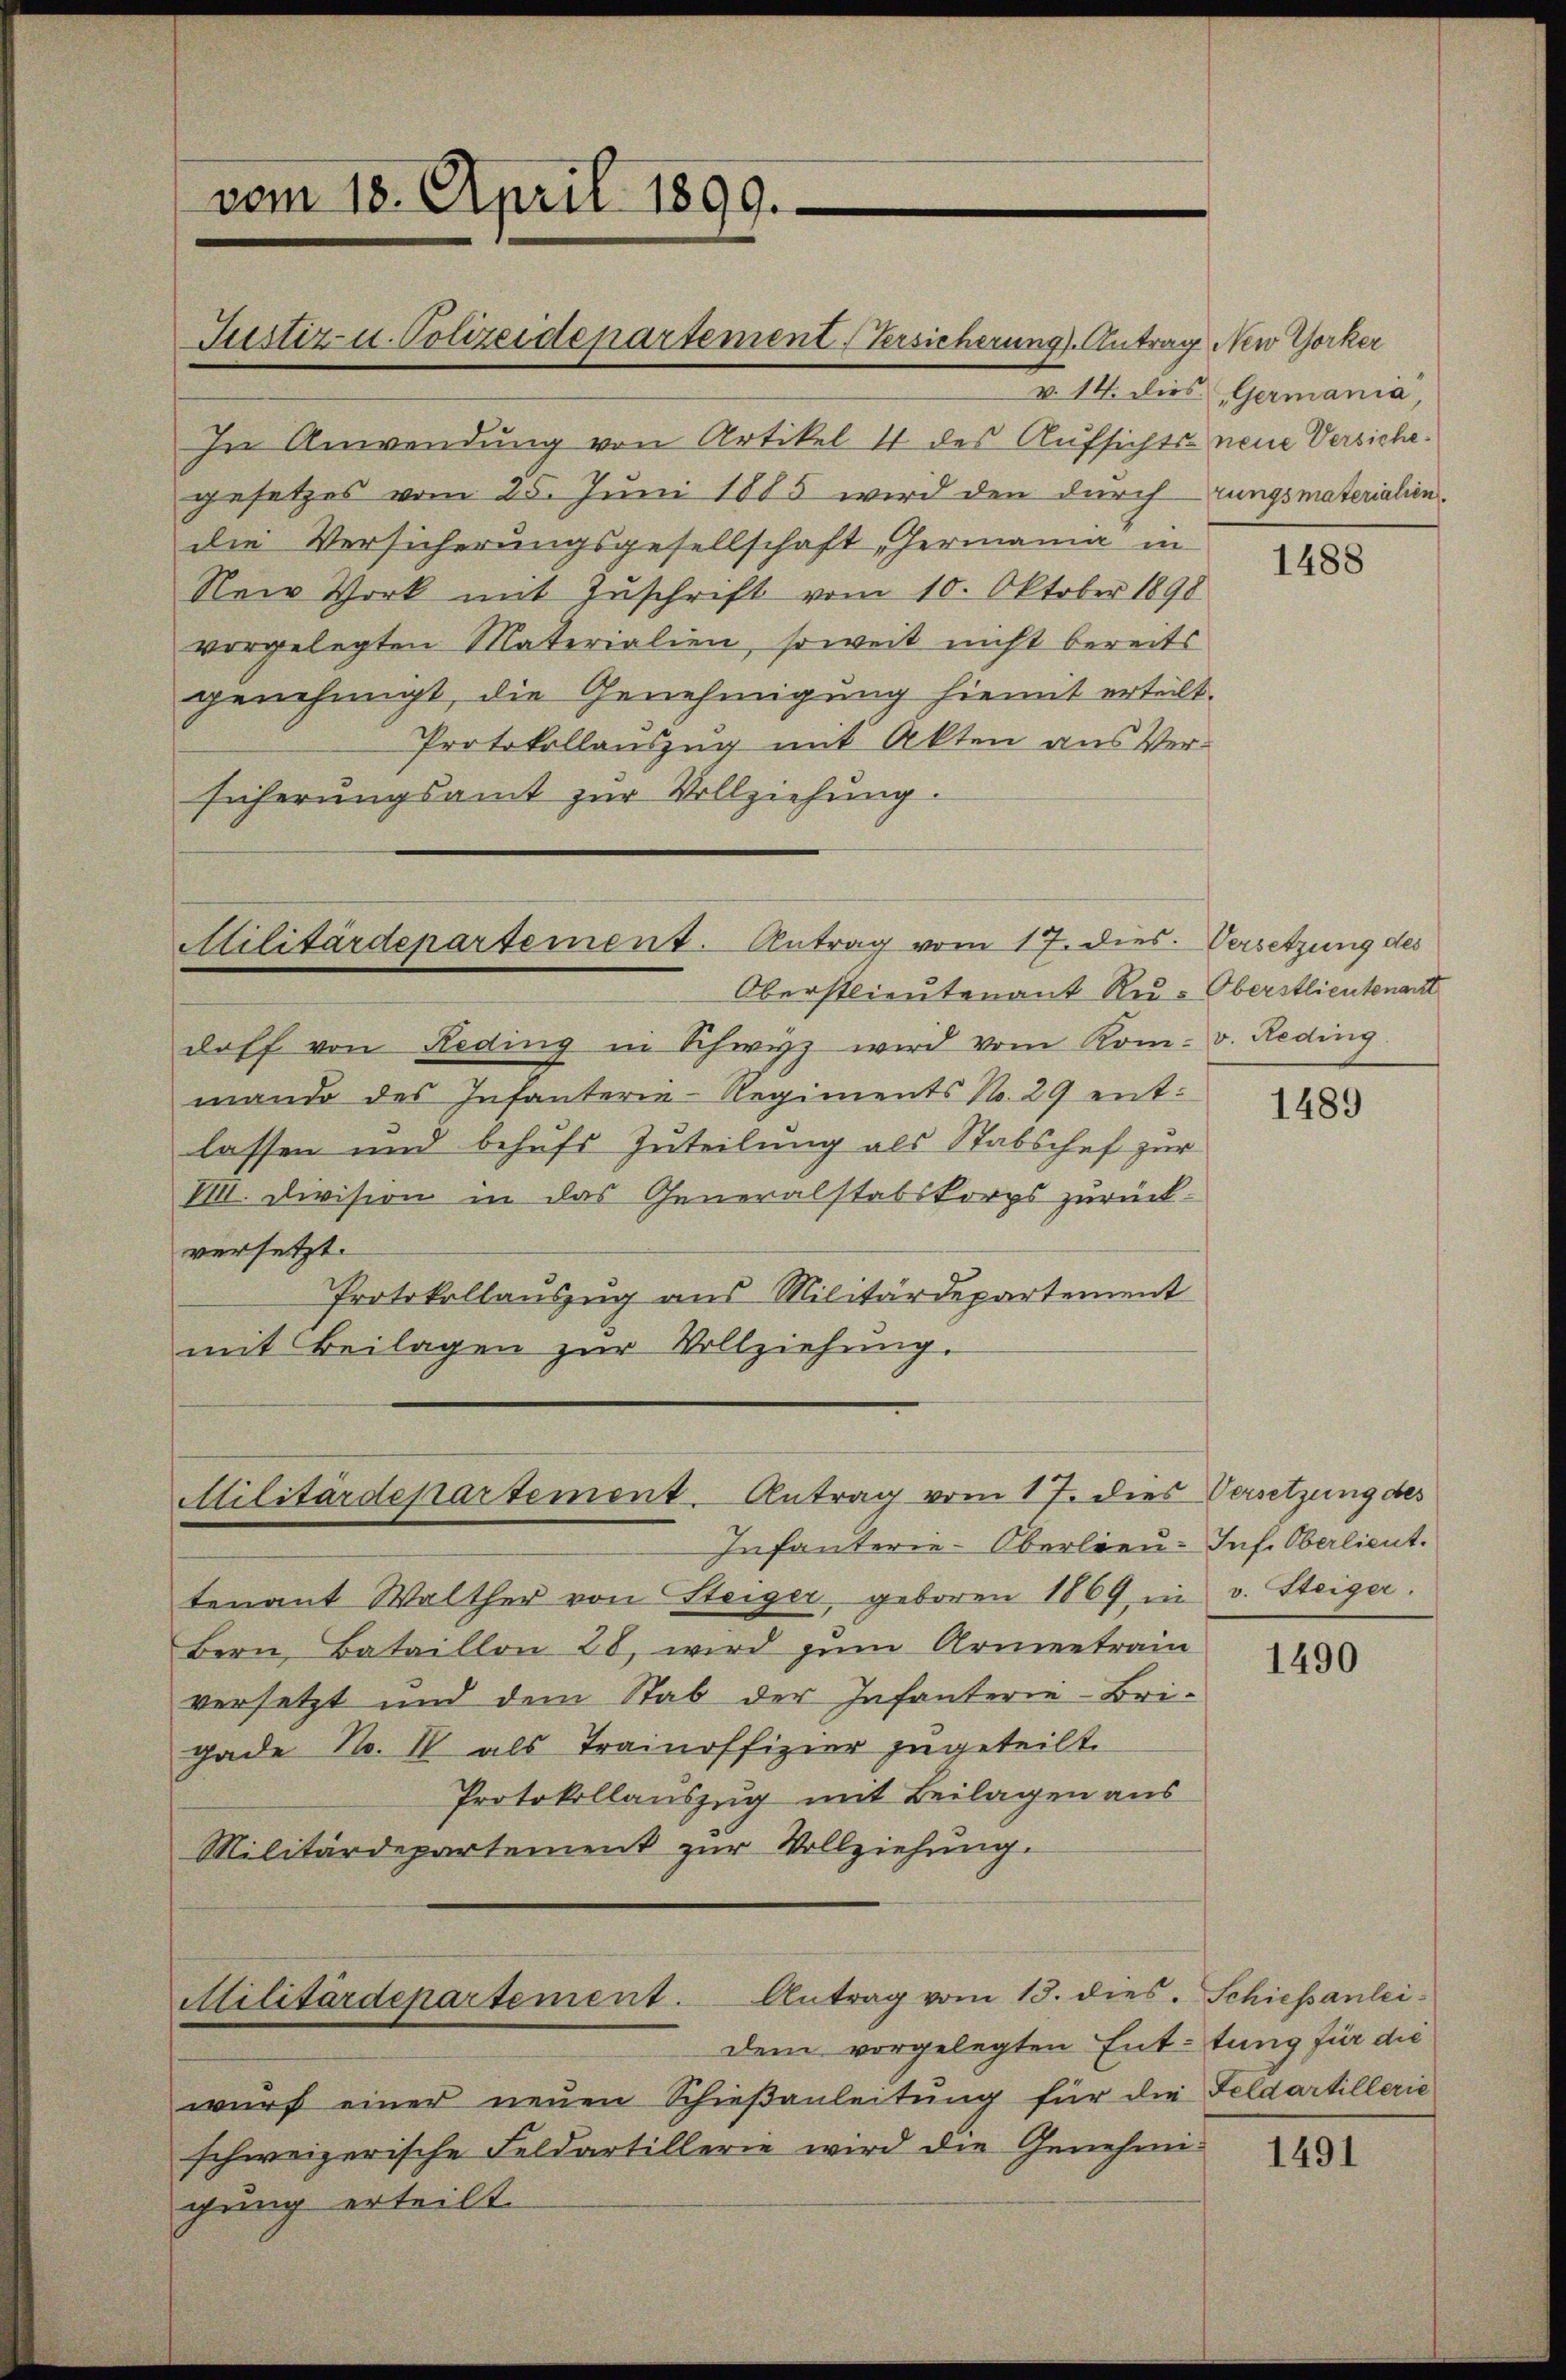
vom 18. April 1899.

In Anwendung von Artikel 4 des Aufsichts- neue Versiche
gesetzes vom 25. Juni 1885 wird den durch rungsmaterialien.
die Versicherungsgesellschaft, Hermania in
Neir Vork mit Zŭschrift vom 10. Oktober 1898
vorgelegten Materialien, soweit nicht bereits
genehmigt, die Genehmigung hiemit erteilt.
Protokollauszug mit Akten aus Versicherungsamt zur Vollziehung.

Justiz u. Polizeidepartement (Versicherung. Antrag New Yorker

Oberstlieutenant Ru-Oberstlieutenant
doff von Reding in Schwyz wird vom Kom- v. Reding
mando des Infanterie-Regiments No. 29 entlassen und behufs Zuteilung als Stabschef zur
VIII. Division in das Generalstabskorps zurück-
versetzt.
Protokollauszug aus Militärdepartement
mit Beilagen zŭr Vollziehŭng.

Militärdepartement. Antrag vom 17. dies Versetzung des

Militärdepartement. Antrag vom 17. dies

Infanterie-Oberlieu. Inf. Oberlieut.
tenant Walther von Steiger, geboren 1869 in v. Steiger.
Bern Bataillon 28, wird zum Armentrain
versetzt und dem Stab der Infanterie-Brigade No. I als Trainoffizier zugeteilt.
Protokollauszug mit Beilagen aus
Militärdepartement zur Vollziehung.
Militärdepartement. Antrag vom 13. dies. Schiepanlei-
dem vorgelegten Enttung für die
wurf einer neuen Schieβanleitung für die Feldartillerie
schweizerische Feldartillerie wird die Genehmigung erteilt.

14. dies Germania

1488

1489

Versetzung des

1490

1491